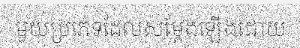
មួយប្រភេទដែលសម្តែងឡើងដោយ